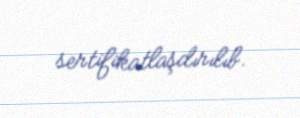
sertifikatlaşdırılıb.